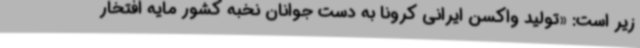
زیر است: «تولید واکسن ایرانی کرونا به دست جوانان نخبه کشور مایه افتخار